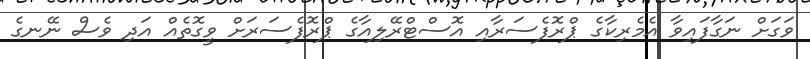
ވަގަށް ނަގާފައިވާ އެމެރިކާގެ ޕްރޮފެސަރާއި އޮސްޓްރޭލިއާގެ ޕްރޮފެސަރަށް ވީގޮތެއް އަދި ވެސް ނޭނގެ